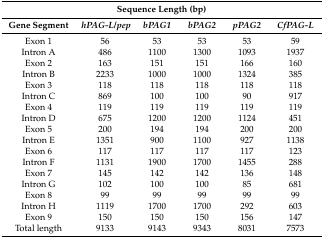
<table><thead><tr><td colspan="6"><b>Sequence Length (bp)</b></td></tr><tr><td><b>Gene Segment</b></td><td><b><i>hPAG-L/pep</i></b></td><td><b><i>bPAG1</i></b></td><td><b><i>bPAG2</i></b></td><td><b><i>pPAG2</i></b></td><td><b><i>CfPAG-L</i></b></td></tr></thead><tbody><tr><td>Exon 1</td><td>56</td><td>53</td><td>53</td><td>53</td><td>59</td></tr><tr><td>Intron A</td><td>486</td><td>1100</td><td>1300</td><td>1093</td><td>1937</td></tr><tr><td>Exon 2</td><td>163</td><td>151</td><td>151</td><td>166</td><td>160</td></tr><tr><td>Intron B</td><td>2233</td><td>1000</td><td>1000</td><td>1324</td><td>385</td></tr><tr><td>Exon 3</td><td>118</td><td>118</td><td>118</td><td>118</td><td>118</td></tr><tr><td>Intron C</td><td>869</td><td>100</td><td>100</td><td>90</td><td>917</td></tr><tr><td>Exon 4</td><td>119</td><td>119</td><td>119</td><td>119</td><td>119</td></tr><tr><td>Intron D</td><td>675</td><td>1200</td><td>1200</td><td>1124</td><td>451</td></tr><tr><td>Exon 5</td><td>200</td><td>194</td><td>194</td><td>200</td><td>200</td></tr><tr><td>Intron E</td><td>1351</td><td>900</td><td>1100</td><td>927</td><td>1138</td></tr><tr><td>Exon 6</td><td>117</td><td>117</td><td>117</td><td>117</td><td>123</td></tr><tr><td>Intron F</td><td>1131</td><td>1900</td><td>1700</td><td>1455</td><td>288</td></tr><tr><td>Exon 7</td><td>145</td><td>142</td><td>142</td><td>136</td><td>148</td></tr><tr><td>Intron G</td><td>102</td><td>100</td><td>100</td><td>85</td><td>681</td></tr><tr><td>Exon 8</td><td>99</td><td>99</td><td>99</td><td>99</td><td>99</td></tr><tr><td>Intron H</td><td>1119</td><td>1700</td><td>1700</td><td>292</td><td>603</td></tr><tr><td>Exon 9</td><td>150</td><td>150</td><td>150</td><td>156</td><td>147</td></tr><tr><td>Total length</td><td>9133</td><td>9143</td><td>9343</td><td>8031</td><td>7573</td></tr></tbody></table>